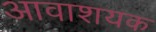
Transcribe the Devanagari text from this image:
आवाशयक